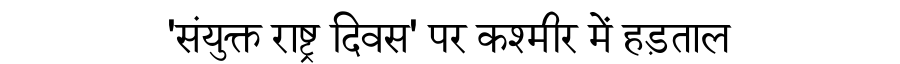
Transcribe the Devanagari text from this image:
'संयुक्त राष्ट्र दिवस' पर कश्मीर में हड़ताल